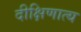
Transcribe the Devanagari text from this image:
दीक्षिणात्य